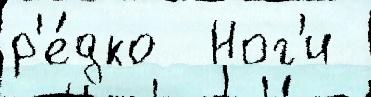
р'е́дко  Ног'и